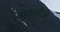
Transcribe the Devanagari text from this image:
वायुकोटर